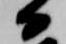
日